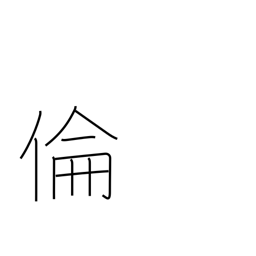
Meaning: ethics